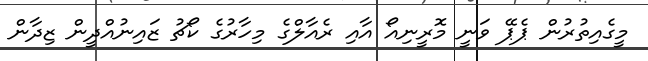
މީގެއިތުރުން ޕެޕޭ ވަނީ މޮރީނިއޯ އާއި ރެއާލްގެ މިހާރުގެ ކޯޗު ޒައިނުއްދީން ޒިދާން